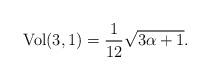
LaTeX: \begin{align*}{\rm Vol}(3,1)=\frac{1}{12}\sqrt{3\alpha +1}.\end{align*}